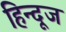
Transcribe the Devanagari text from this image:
हिन्दूज